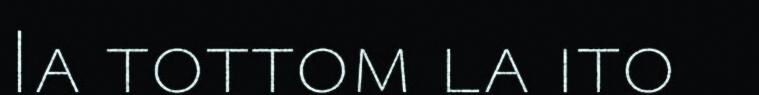
Ia tottom la ito